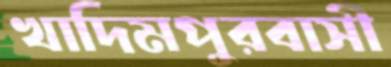
খাদিমপুরবাসী